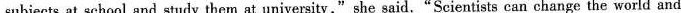
subjects at school and study them at university,"she said."Scientists can change the world and